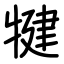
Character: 犍